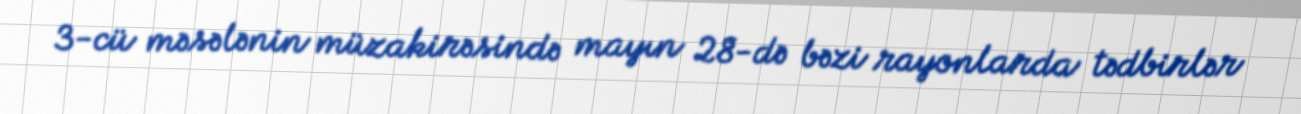
3-cü məsələnin müzakirəsində mayın 28-də bəzi rayonlarda tədbirlər